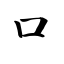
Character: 囗